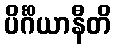
ပိင်္ဂိယာနီတိ